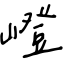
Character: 嶝